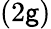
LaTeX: (2\mathsf{g})